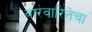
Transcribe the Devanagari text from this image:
वारंवारितेचा